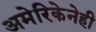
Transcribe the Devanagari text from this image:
अमेरिकेनेही